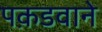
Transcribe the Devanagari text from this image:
पक़डवाने